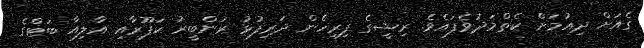
ގެއަށް ދިއުމަށް ކެތްމަދުވެފައެވެ. ރިޝީގެ ފިރިހެން ދަރިފުޅު ރަންބީރު ކަޕޫރާއި އާލިއާ ބަޓްގެ